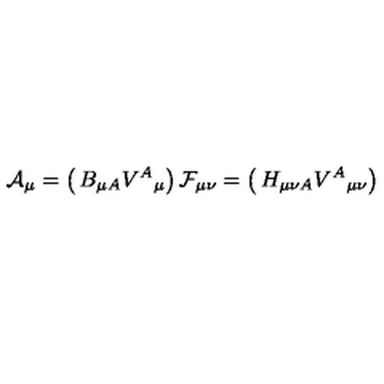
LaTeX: { \cal A } _ { \mu } = \left( \begin{matrix} { B _ { \mu A } } \\ { V ^ { A } { } _ { \mu } } \\ \end{matrix} \right) { } { \cal F } _ { \mu \nu } = \left( \begin{matrix} { H _ { \mu \nu A } } \\ { V ^ { A } { } _ { \mu \nu } } \\ \end{matrix} \right)